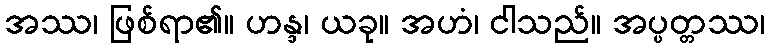
အဿ၊ ဖြစ်ရာ၏။ ဟန္ဒ၊ ယခု။ အဟံ၊ ငါသည်။ အပ္ပတ္တဿ၊